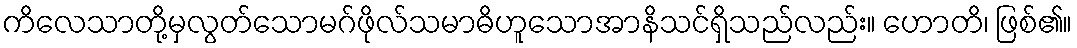
ကိလေသာတို့မှလွတ်သောမဂ်ဖိုလ်သမာဓိဟူသောအာနိသင်ရှိသည်လည်း။ ဟောတိ၊ ဖြစ်၏။